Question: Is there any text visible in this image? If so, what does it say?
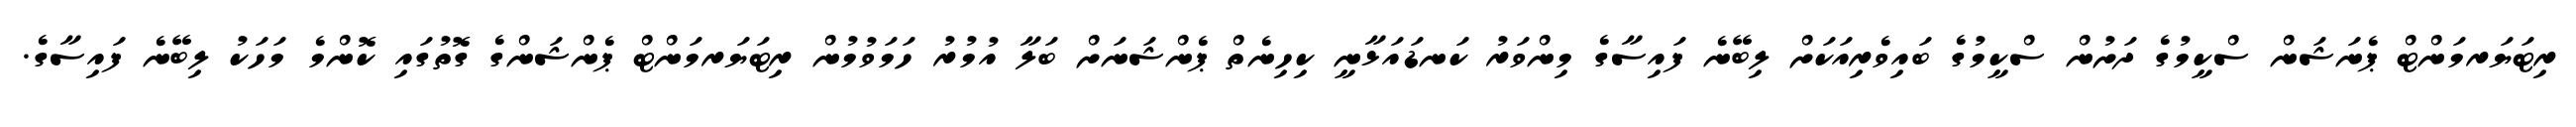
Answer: ރިޓަޔަރމަންޓް ޕެނަޝަން ސްކީމުގެ ދަށުން ސްކީމުގެ ބައިވެރިއަކަށް ލިބޭނެ ފައިސާގެ މިންވަރު ކަނޑައަޅާނީ ކިހިނެތް ޕެންޝަނަށް ބަލާ އުމުރު ހަމަވުމުން ރިޓަޔަރމަންޓް ޕެންޝަންގެ ގޮތުގައި ކޮންމެ މަހަކު ލިބޭނެ ފައިސާގެ.